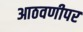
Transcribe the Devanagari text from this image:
आठवणीपर